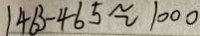
1 4 6 3 - 4 6 5 \approx 1 0 0 0